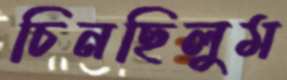
চিনছিলুম